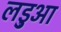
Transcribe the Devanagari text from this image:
लड़ुआ